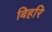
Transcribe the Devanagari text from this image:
बिहरि